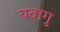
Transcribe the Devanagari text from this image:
यवागु